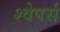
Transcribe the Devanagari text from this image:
श्वेपर्स